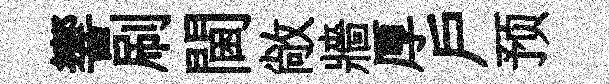
響刷閫敞牆厚戶预